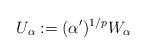
\begin{align*}U_\alpha:=(\alpha')^{1/p}W_\alpha\end{align*}